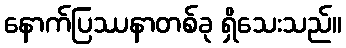
နောက်ပြဿနာတစ်ခု ရှိသေးသည်။